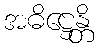
အဓိဋ္ဌေန္တိ